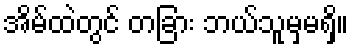
အိမ်ထဲတွင် တခြား ဘယ်သူမှမရှိ။